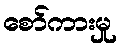
စော်ကားမှု